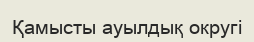
Қамысты ауылдық округі